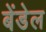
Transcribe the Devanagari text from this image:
बेंडेल